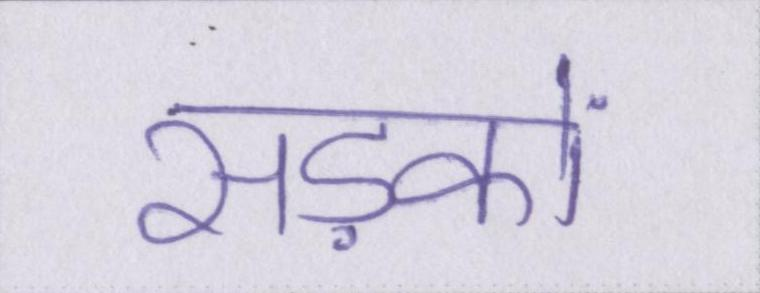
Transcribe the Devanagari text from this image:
सड़कों